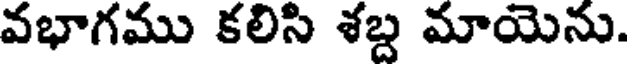
వభాగము కలిసి శబ్ద మాయెను.